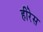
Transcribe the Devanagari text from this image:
हीरेस